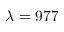
\lambda = 9 7 7